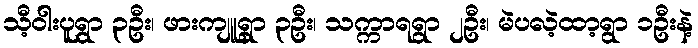
သီ့ဝါးပူရွာ ၃ဦး၊ ဖားကျူရွာ ၃ဦး၊ သက္ကာရရွာ ၂ဦး၊ မဲပလဲ့ထာ့ရွာ ၁ဦးနဲ့